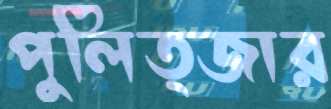
পুলিত্জার